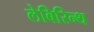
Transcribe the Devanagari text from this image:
लेबिरिन्थ